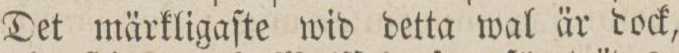
Det märkligaſte wid detta wal är dock,